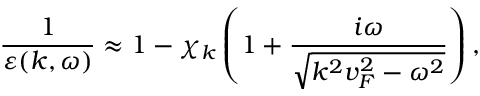
\frac { 1 } { \varepsilon ( k , \omega ) } \approx 1 - \chi _ { k } \left( 1 + \frac { i \omega } { \sqrt { k ^ { 2 } v _ { F } ^ { 2 } - \omega ^ { 2 } } } \right) ,